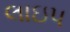
લાઇપ